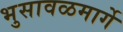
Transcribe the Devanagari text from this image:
भुसावळमार्गे